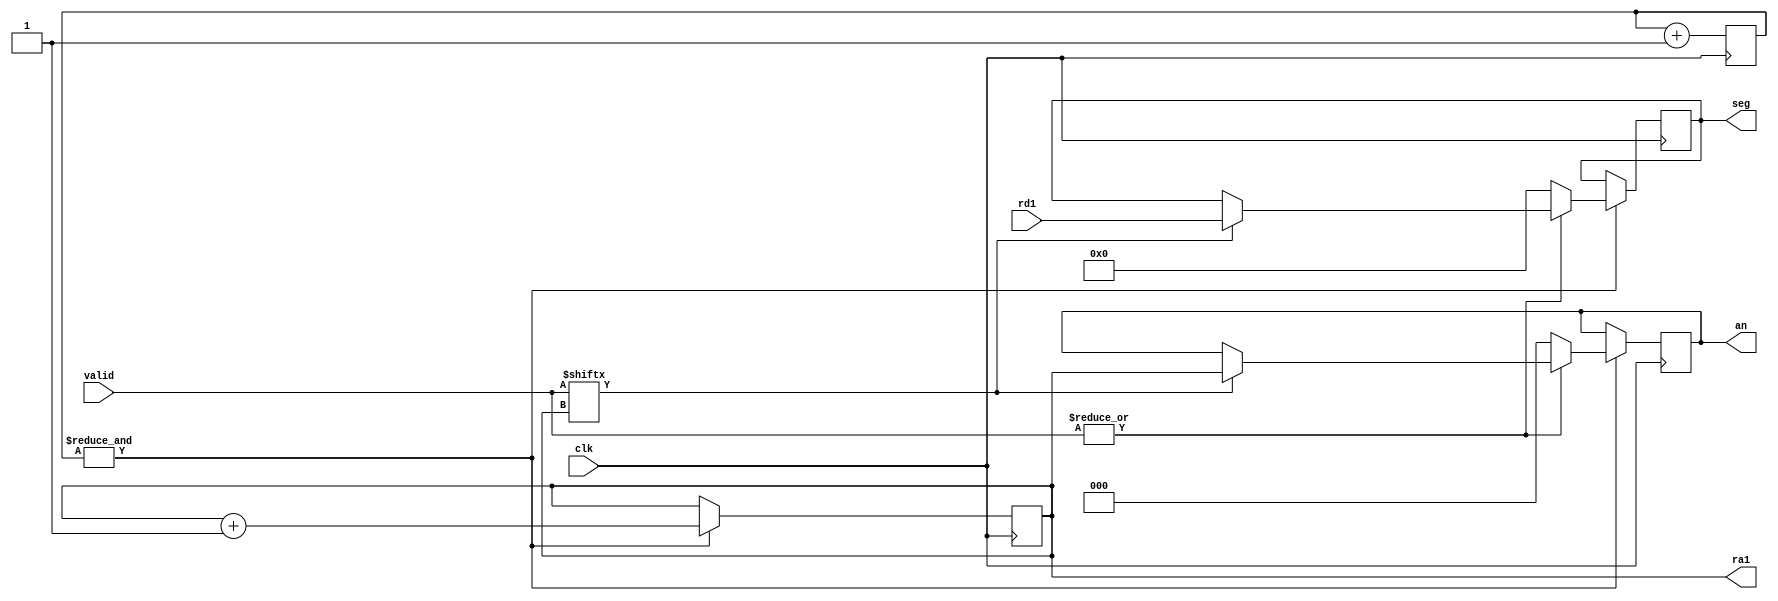
//  SDU (Segment Display Unit) - 
module sdu (
    input clk,
    input [3:0] rd1,
    input [7:0] valid,
    output [2:0] ra1,
    output reg [2:0] an,
    output reg [3:0] seg
);
    // reg [7:0] cnt = 0;
    reg [7:0] cnt = 0;
    reg [2:0] pos = 0;
    assign ra1 = pos;

    initial begin
        an = 0;
        seg = 0;
    end

    always @(posedge clk) begin
        if (&cnt) begin
            if (~|valid) begin
                an <= 0;
                seg <= 0;
            end else if (valid[pos]) begin
                an <= pos;
                seg <= rd1;
            end
            pos <= pos + 1;
        end
        cnt <= cnt + 1;
    end
endmodule